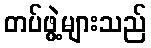
တပ်ဖွဲ့များသည်